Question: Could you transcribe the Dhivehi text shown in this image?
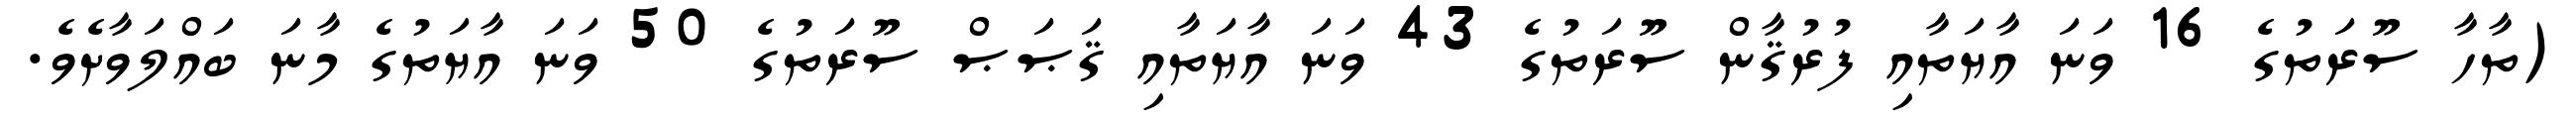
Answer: (ތާހާ ސޫރަތުގެ 16 ވަނަ އާޔަތާއި ފުރުޤާން ސޫރަތުގެ 43 ވަނަ އާޔަތާއި ޤަޞަޞް ސޫރަތުގެ 50 ވަނަ އާޔަތުގެ މާނަ ބައްލަވާށެވެ.